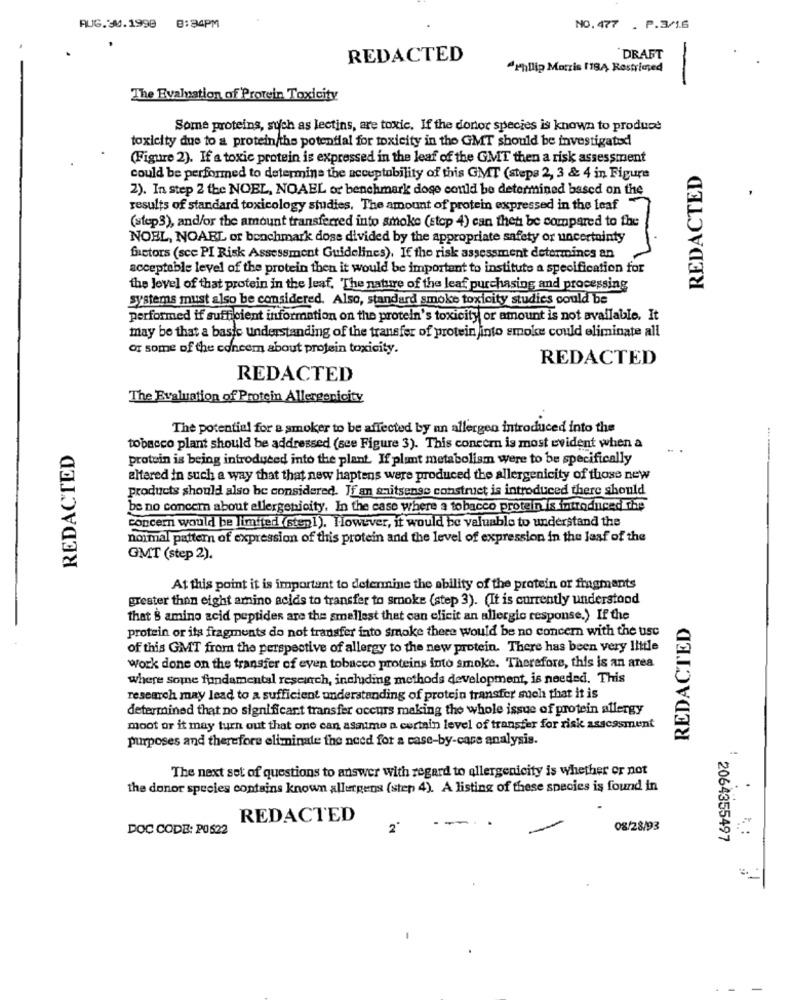
AUG.30. 1998
8:34PM
NO.477 . P.3/1.6
REDACTED
DRAFT
"Phillip Morris 118Ą Restricted
The Evaluation of Protein Toxicity
Some proteins, such as lectins, are toxic. If the donor species is known to product
toxicity due to a protein/the potential for toxicity in the GMT should be investigated
(Figure 2). If a toxic protein is expressed in the leaf of the GMT then a risk assessment
REDACTED
could be performed to determine the acceptability of this GMT (steps 2, 3 & 4 in Figure
2). In step 2 the NOEL, NOAEL or benchmark dose could be determined based on the
results of standard toxicology studies, The amount of protein expressed in the leaf
(step3), and/or the amount transferred into smoke (stop 4) can theti be compared to the
NOEL, NOARL of benchmark dose divided by the appropriate safety or uncertainty
factors (scc PI Risk Assessment Guidelines). If the risk assessment determines an
acceptable level of the protein then it would be important to institute a specification for
the level of that protein in the leaf, The nature of the leaf purchasing and processing
systems must also be considered. Also, standard smoke toxicity studies could be
performed if sufficient information on the protein's toxicity or amount is not available. It
may be that a basic understanding of the transfer of protein into smoke could eliminate all
or some of the concer about protein toxicity.
REDACTED
REDACTED
The Evaluation of Protein Allergenicity
The potential for a smoker to be affected by an allergen introduced into the
....
REDACTED
tobacco plant should be addressed (see Figure 3). This concern is most evident when a
protein is being introduced into the plant. If plumt metabolism were to be specifically
altered in such a way that that new haptens were produced the allergenicity of those new
products should also be considered. If an saitsense construct is introduced there should
be no concern about allergenicity. In the case where a tobacco protein is introduced the
concern would be limited(sten1). However, it would be valuable to understand the
normal pattern of expression of this protein and the level of expression in the laaf of the
GMT (step 2).
At this point it is important to determine the ability of the protein or fragments
grester than eight amino acids to transfer to smoke (step 3). (It is currently understood
that B amino acid peptides are the smallest that can elicit an allergic response.) If the
REDACTED
protein or its fragments do not transfer into smoke there would be no concern with the use
of this GMT from the perspective of allergy to the new protein. There has been very little
Work done on the transfer of even tobacco proteins into smoke. Therefore, this is an area
where some fundamental research, including methods development, is needed. This
research may lead to a sufficient understanding of protein transfer such that it is
determined that no significant transfer occurs making the whole issue of protein allergy
moot or it may turn out that one can asaume a certain level of transfer for risk assessment
purposes and therefore eliminate the need for a case-by-case analysis.
The next set of questions to answer with regard to allergenicity is whether or not
the donor species contains known allergens (sten 4). A listing of these species is found in
REDACTED
DOC CODE: PO 522
2'
08/28/93
2064355497
1.
- -
-